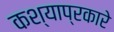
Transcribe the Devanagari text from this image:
कश्याप्रकारे